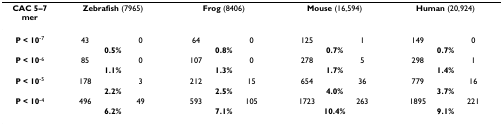
<table><thead><tr><td><b>CAC 5–7 mer</b></td><td colspan="2"><b>Zebrafish (7965)</b></td><td colspan="2"><b>Frog (8406)</b></td><td colspan="2"><b>Mouse (16,594)</b></td><td colspan="2"><b>Human (20,924)</b></td></tr></thead><tbody><tr><td><b>P &lt; 10</b><sup>-7</sup></td><td>43</td><td>0</td><td>64</td><td>0</td><td>125</td><td>1</td><td>149</td><td>0</td></tr><tr><td>[EMPTY_CELL]</td><td colspan="2"><b>0.5%</b></td><td colspan="2"><b>0.8%</b></td><td colspan="2"><b>0.7%</b></td><td colspan="2"><b>0.7%</b></td></tr><tr><td><b>P &lt; 10</b><sup>-6</sup></td><td>85</td><td>0</td><td>107</td><td>0</td><td>278</td><td>5</td><td>298</td><td>1</td></tr><tr><td>[EMPTY_CELL]</td><td colspan="2"><b>1.1%</b></td><td colspan="2"><b>1.3%</b></td><td colspan="2"><b>1.7%</b></td><td colspan="2"><b>1.4%</b></td></tr><tr><td><b>P &lt; 10</b><sup>-5</sup></td><td>178</td><td>3</td><td>212</td><td>15</td><td>654</td><td>36</td><td>779</td><td>16</td></tr><tr><td>[EMPTY_CELL]</td><td colspan="2"><b>2.2%</b></td><td colspan="2"><b>2.5%</b></td><td colspan="2"><b>4.0%</b></td><td colspan="2"><b>3.7%</b></td></tr><tr><td><b>P &lt; 10</b><sup>-4</sup></td><td>496</td><td>49</td><td>593</td><td>105</td><td>1723</td><td>263</td><td>1895</td><td>221</td></tr><tr><td>[EMPTY_CELL]</td><td colspan="2"><b>6.2%</b></td><td colspan="2"><b>7.1%</b></td><td colspan="2"><b>10.4%</b></td><td colspan="2"><b>9.1%</b></td></tr></tbody></table>